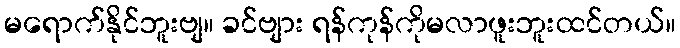
မရောက်နိုင်ဘူးဗျ။ ခင်ဗျား ရန်ကုန်ကိုမလာဖူးဘူးထင်တယ်။